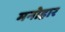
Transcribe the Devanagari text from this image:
मनोहार